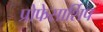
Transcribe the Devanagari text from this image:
प्रोफेसार्शिप